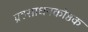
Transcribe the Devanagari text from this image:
ग्रहसाधनकोष्ठक